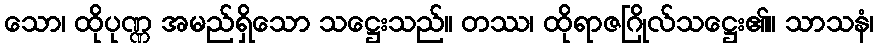
သော၊ ထိုပုဏ္ဏ အမည်ရှိသော သဋ္ဌေးသည်။ တဿ၊ ထိုရာဇဂြိုလ်သဋ္ဌေး၏။ သာသနံ၊